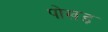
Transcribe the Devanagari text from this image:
पोखड़